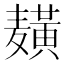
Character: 𱋫